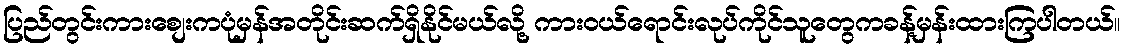
ပြည်တွင်းကားစျေးကပုံမှန်အတိုင်းဆက်ရှိနိုင်မယ်လို့ ကားဝယ်ရောင်းလုပ်ကိုင်သူတွေကခန့်မှန်းထားကြပါတယ်။